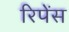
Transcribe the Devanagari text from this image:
रिपेंस